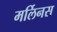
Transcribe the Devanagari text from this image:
मर्लिनस